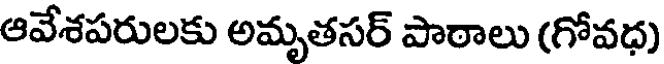
ఆవేశపరులకు అమృతసర్ పాఠాలు (గోవధ)